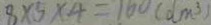
8 \times 5 \times 4 = 1 6 0 ( d m ^ { 3 } )